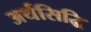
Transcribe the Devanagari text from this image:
अर्थसिद्धि